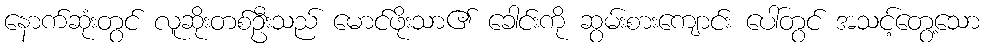
နောက်ဆုံးတွင် လူဆိုးတစ်ဦးသည် မောင်ဖိုးသာ၏ ခေါင်းကို ဆွမ်းစားကျောင်း ပေါ်တွင် အသင့်တွေ့သော